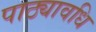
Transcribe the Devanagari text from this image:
पाठ्यावधि